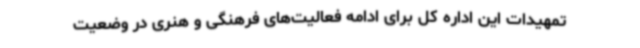
تمهیدات این اداره کل برای ادامه فعالیت‌های فرهنگی و هنری در وضعیت